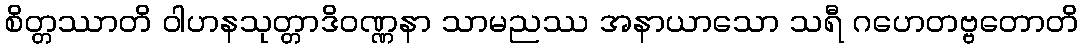
စိတ္တဿာတိ ဝါဟနသုတ္တာဒိဝဏ္ဏနာ သာမညဿ အနာယာသော သရီ ဂဟေတဗ္ဗတောတိ